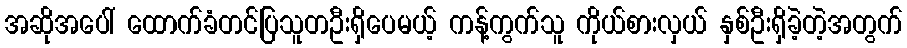
အဆိုအပေါ် ထောက်ခံတင်ပြသူတဦးရှိပေမယ့် ကန့်ကွက်သူ ကိုယ်စားလှယ် နှစ်ဦးရှိခဲ့တဲ့အတွက်